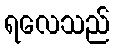
ရလေသည်